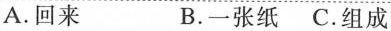
A.回来 B.一张纸 C.组成